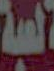
لعبة